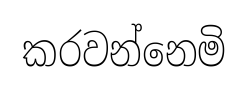
කරවන්නෙමි